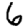
Digit: 6